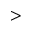
>